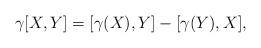
LaTeX: \begin{align*}\gamma[X,Y]=[\gamma(X),Y]-[\gamma(Y),X],\end{align*}